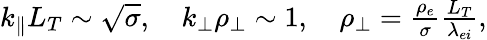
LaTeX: \begin{array}{r}{k_{\parallel}L_{T}\sim\sqrt{\sigma},\quad k_{\perp}\rho_{\perp}\sim 1,\quad\rho_{\perp}=\frac{\rho_{e}}{\sigma}\frac{L_{T}}{\lambda_{ei}},}\end{array}